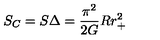
S _ { C } = S \Delta = { \frac { \pi ^ { 2 } } { 2 G } } R r _ { + } ^ { 2 }